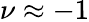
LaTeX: \nu\approx-1